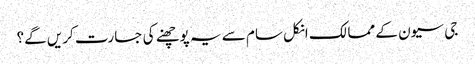
جی سیون کے ممالک انکل سام سے یہ پوچھنے کی جسارت کریں گے؟